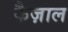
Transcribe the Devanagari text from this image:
कैज़ाल